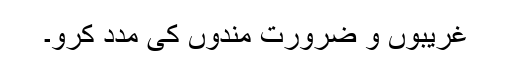
غریبوں و ضرورت مندوں کی مدد کرو۔